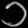
Digit: ၁